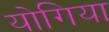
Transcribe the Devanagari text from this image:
योगिया